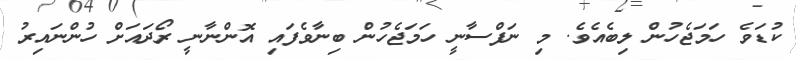
ކުޑަވެ ހަމަޖެހުން ލިބެއެވެ. މި ނަފްސާނީ ހަމަޖެހުން ބިނާވެފައި އޮންނާނީ ރޯދައަށް ހުންނައިރު